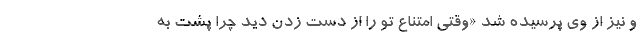
و نیز از وی پرسیده شد «وقتی امتناع تو را از دست زدن دید چرا پشت به‌